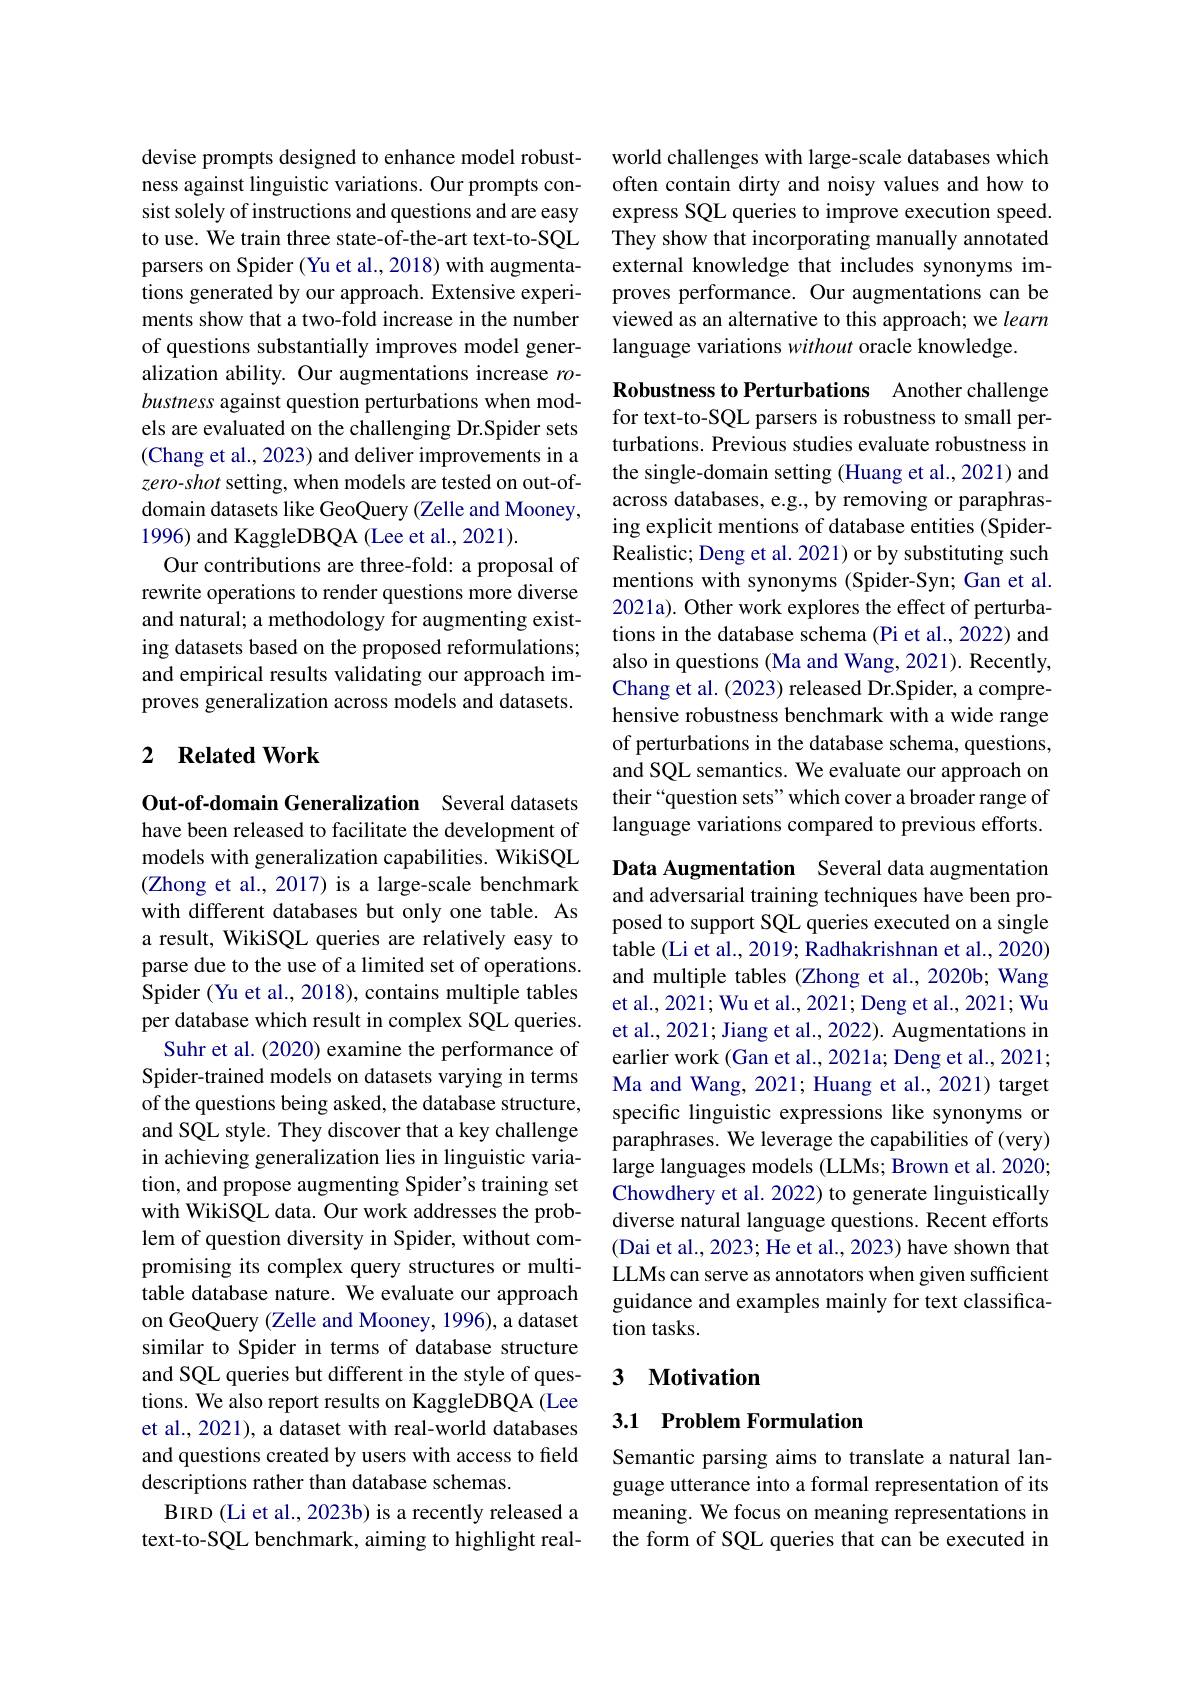
devise prompts designed to enhance model robustness against linguistic variations. Our prompts consist solely of instructions and questions and are easy to use. We train three state-of-the-art text-to-SQL parsers on Spider (Yu et al., 2018) with augmentations generated by our approach. Extensive experiments show that a two-fold increase in the number of questions substantially improves model generalization ability. Our augmentations increase $ro$- bustness against question perturbations when models are evaluated on the challenging Dr.Spider sets (Chang et al., 2023) and deliver improvements in a zero-shot setting, when models are tested on out-ofdomain datasets like GeoQuery (Zelle and Mooney, 1996) and KaggleDBQA (Lee et al., 2021).
Our contributions are three-fold: a proposal of rewrite operations to render questions more diverse and natural; a methodology for augmenting existing datasets based on the proposed reformulations; and empirical results validating our approach improves generalization across models and datasets.

### 2 $\textbf{Related Work}$

Out-of-domain Generalization Several datasets have been released to facilitate the development of models with generalization capabilities. WikiSQL (Zhong et al., 2017) is a large-scale benchmark with different databases but only one table. As a result, WikiSQL queries are relatively easy to parse due to the use of a limited set of operations. Spider (Yu et al., 2018), contains multiple tables per database which result in complex SQL queries.
Suhr et al. (2020) examine the performance of Spider-trained models on datasets varying in terms of the questions being asked, the database structure, and SQL style. They discover that a key challenge in achieving generalization lies in linguistic variation, and propose augmenting Spider's training set with WikiSQL data. Our work addresses the problem of question diversity in Spider, without compromising its complex query structures or multitable database nature. We evaluate our approach on GeoQuery (Zelle and Mooney, 1996), a dataset similar to Spider in terms of database structure and SQL queries but different in the style of questions. We also report results on KaggleDBQA (Lee et al., 2021), a dataset with real-world databases and questions created by users with access to field descriptions rather than database schemas.
BIRD (Li et al., 2023b) is a recently released a text-to-SQL benchmark, aiming to highlight real-

world challenges with large-scale databases which often contain dirty and noisy values and how to express SQL queries to improve execution speed. They show that incorporating manually annotated external knowledge that includes synonyms improves performance. Our augmentations can be viewed as an alternative to this approach; we learn language variations without oracle knowledge

Robustness to Perturbations Another challenge for text-to-SQL parsers is robustness to small perturbations. Previous studies evaluate robustness in the single-domain setting (Huang et al., 2021) and across databases, e.g., by removing or paraphrasing explicit mentions of database entities (SpiderRealistic; Deng et al. 2021) or by substituting such mentions with synonyms (Spider-Syn; Gan et al. 2021a). Other work explores the effect of perturbations in the database schema (Pi et al., 2022) and also in questions (Ma and Wang, 2021). Recently, Chang et al. (2023) released Dr.Spider, a comprehensive robustness benchmark with a wide range of perturbations in the database schema, questions, and SQL semantics. We evaluate our approach on their“question sets”which cover a broader range of language variations compared to previous efforts.

Data Augmentation Several data augmentation and adversarial training techniques have been proposed to support SQL queries executed on a single table (Li et al., 2019; Radhakrishnan et al., 2020) and multiple tables (Zhong et al., 2020b; Wang et al., 2021; Wu et al., 2021; Deng et al., 2021; Wu et al., 2021; Jiang et al., 2022). Augmentations in earlier work (Gan et al., 2021a; Deng et al., 2021; Ma and Wang, 2021; Huang et al., 2021) target specific linguistic expressions like synonyms or paraphrases. We leverage the capabilities of (very) large languages models (LLMs; Brown et al. 2020; Chowdhery et al. 2022) to generate linguistically diverse natural language questions. Recent efforts (Dai et al., 2023; He et al., 2023) have shown that LLMs can serve as annotators when given sufficient guidance and examples mainly for text classification tasks.

### 3 $\textbf{Motivation}$

## 3.1 Problem Formulation

Semantic parsing aims to translate a natural language utterance into a formal representation of its meaning. We focus on meaning representations in the form of SQL queries that can be executed in